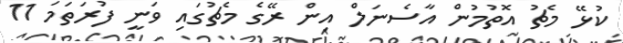
ކުޅޭ މެޗު އޮތުމުން އާސެނަލް އިން ރޭގެ މެޗުގައި ވަނީ ފުރަތަމަ 11